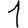
Digit: 1